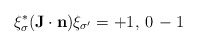
\begin{align*}\xi^*_\sigma ({\bf J}\cdot {\bf n}) \xi_{\sigma^\prime} = +1,\, 0\, -1\end{align*}